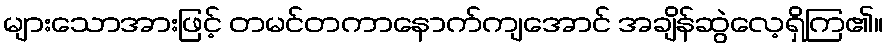
များသောအားဖြင့် တမင်တကာနောက်ကျအောင် အချိန်ဆွဲလေ့ရှိကြ၏။